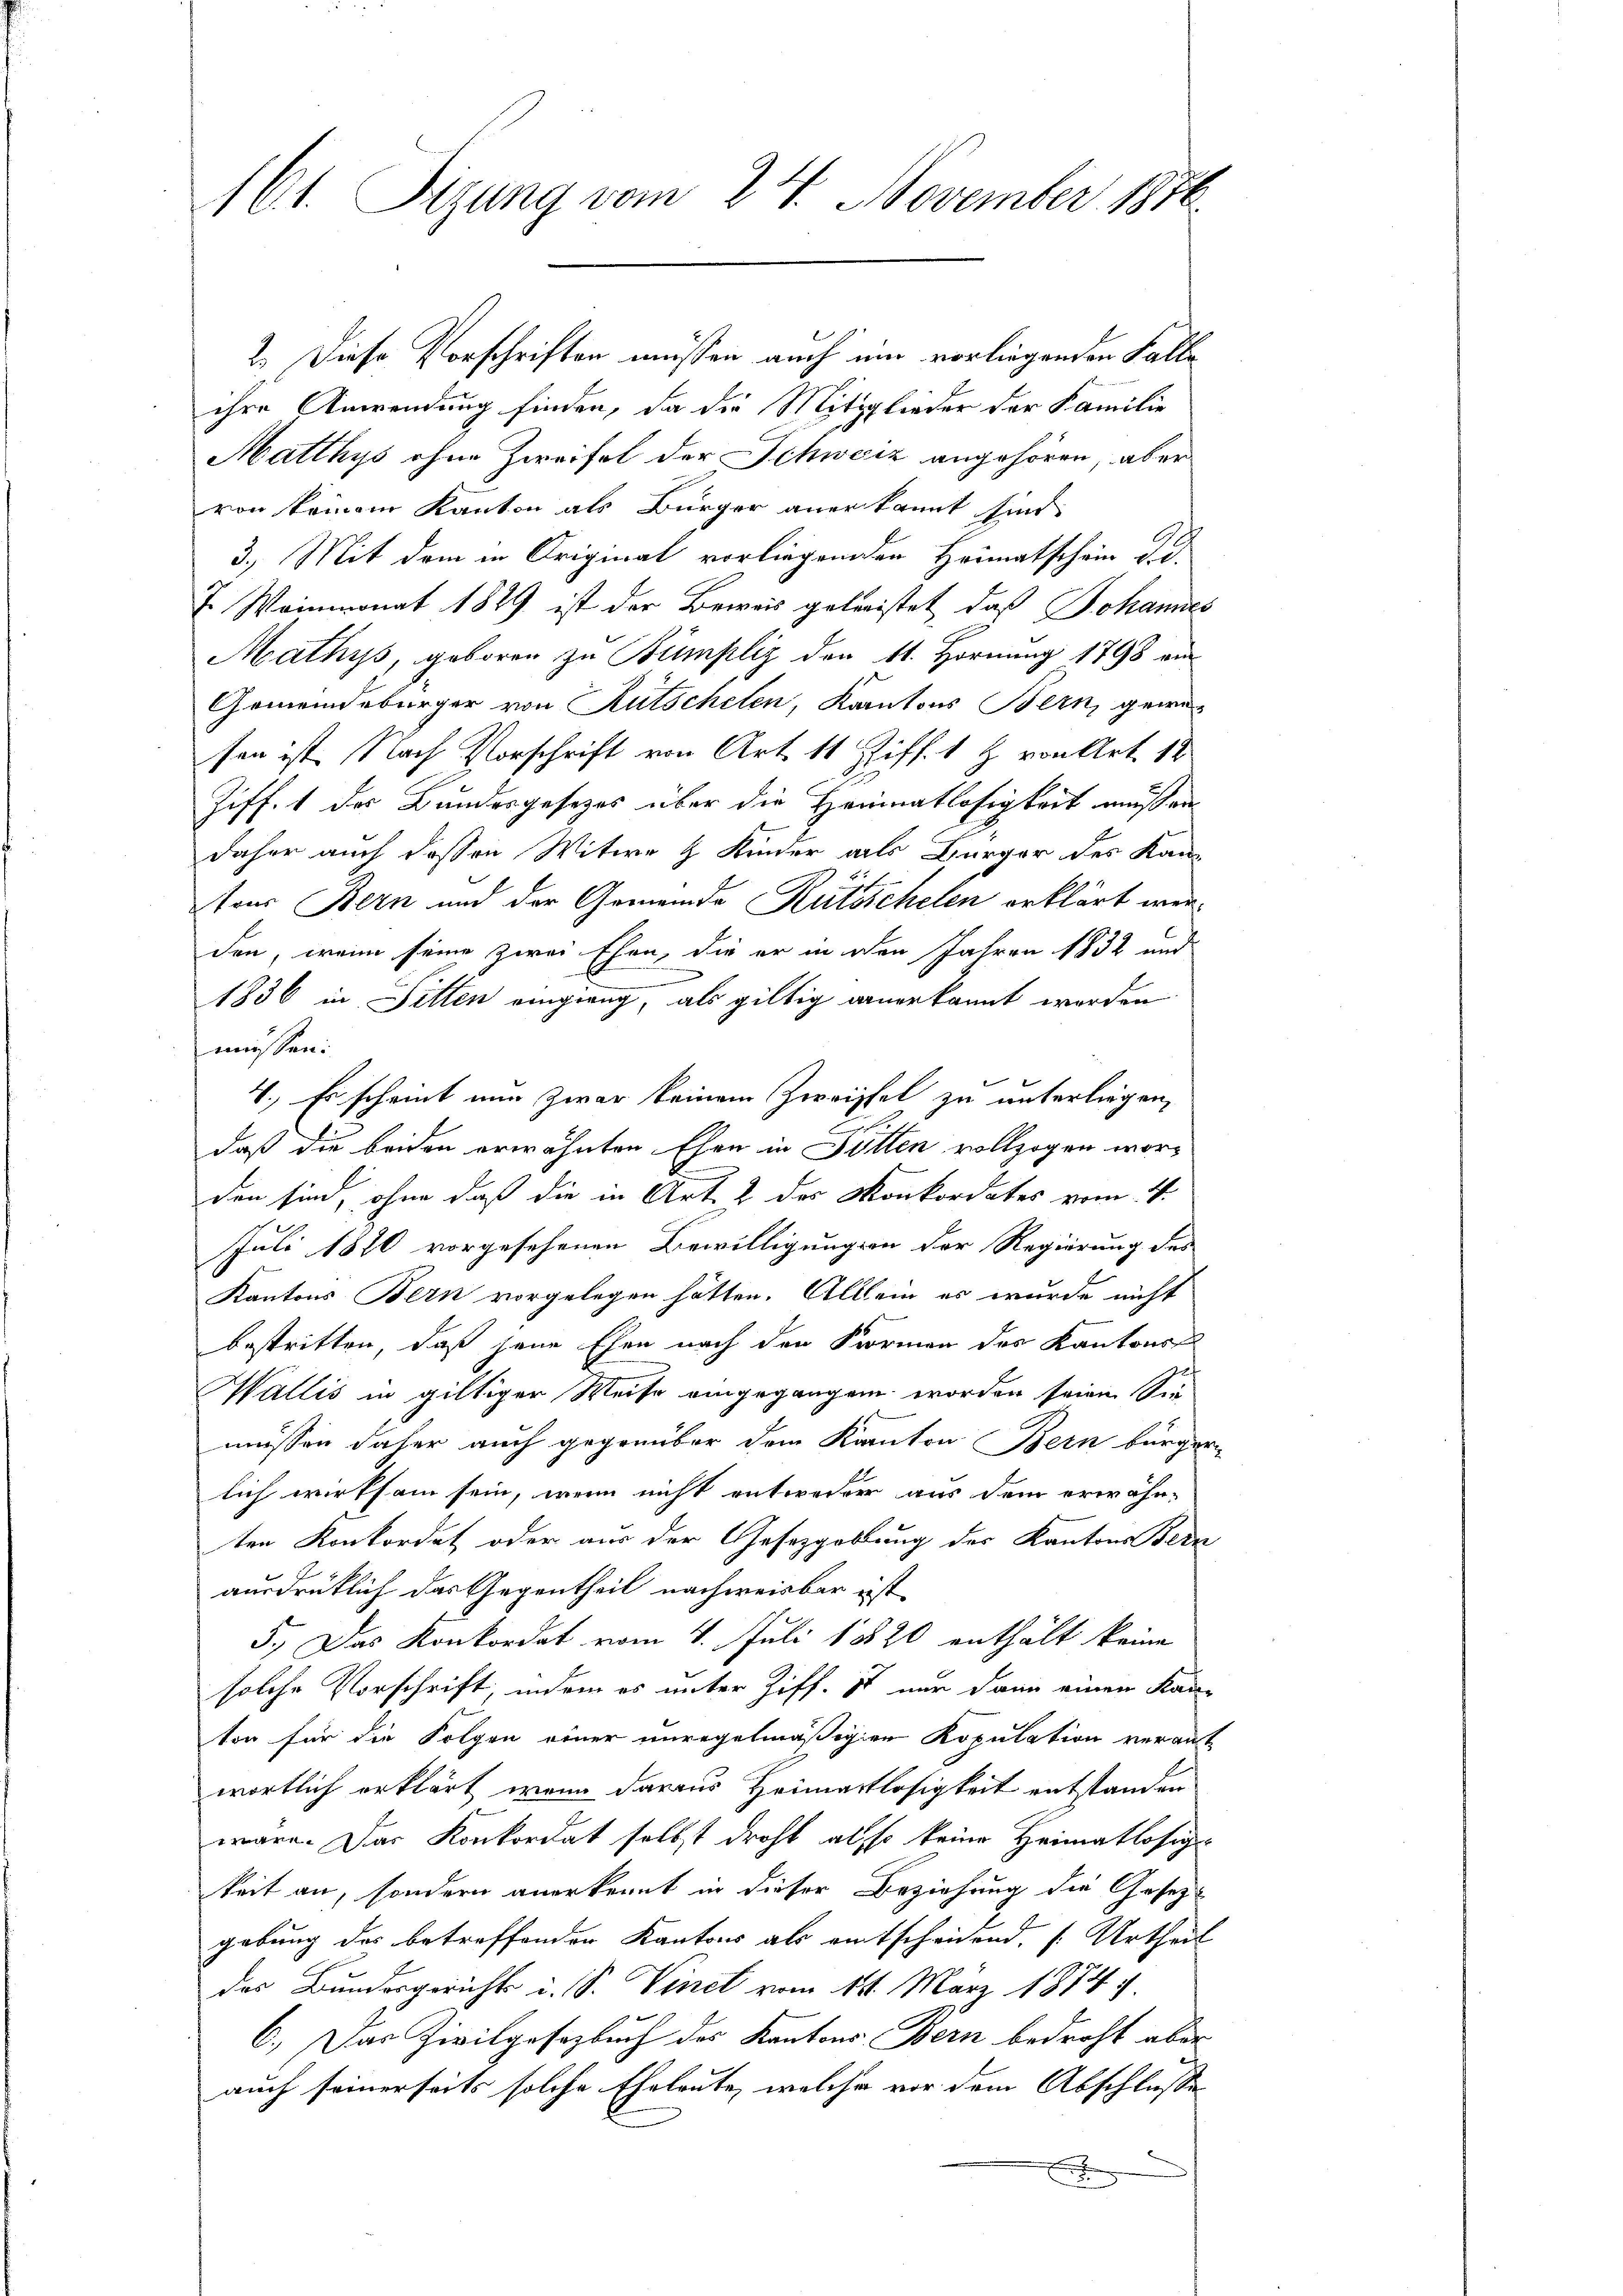
161. Sitzung vom 24. November 1876

2. Diese Vorschriften müssen auch ein vorliegenden Falle
ihre Anwendung finden, da die Mitglieder der Familie
Matthys ohne Zweifel der Schweiz angehören, aber
von keinem Kanton als Bürger anerkannt sind.
3.) Mit dem in Originat vorliegenden Heimatschein der
J. Weinmonat 1849 ist der Beweis geleistet, daß Johannes
Mathys, geboren zu Bumpliz den 11. Hornung 1798 von
Gemeindebürger von Rutschelen, Kantons Bern, gewesen ist. Nach Vorschrift von Art. 11 Ziff. 1 Z. von Art. 12
Ziff. 1 des Bundesgesetzes über die Haumatlosigkeit muß an
daher auch dessen Witwe 4 Kinder alls Bürger des Kan-
tons Bern und der Gemeinde Rätsschelen erklärt werden, wenn seine zwei Ehen, die er in den Jahren 1832 und

1836 in Bitten eingrang, als giltig anerkannt werden
müssen:
4. Es scheint nun zwar keinem Zweifel zu unterliegen,
daß die beiden erwähnten Ehen in Futten vollzogen worden sind, ohne daß die in Art. 2 des Konkordates vom 4.
Juli 1870 vorgesehenen Bewilligungen der Regierung des
Kantons Bern vorgelegen hätten. Allein es wurde nicht
bestritten, daß jene Ehen nach den Formen des Kantons
Wallis in giltiger Weise eingegangen worden seien. Sie
müssen daher auch gegenüber dem Kanton Bern bürger
lich wirksam sein, wenn nicht entweder aus dem erwähn-
ten Konkordat oder aus der Gesezgoblung des Kantons Bera
2
ausdrüklich das Gegentheil nachweisbar ist
5.) Das Konkordat vom 4. Juli 1820 enthält keine
solche Vorschrift, indem es unter Ziff. ist nur dann einen Kan-
ton für die Folgen einer unregelmäßigen Kopulation veranst
wortlich erklärt, wenn daraus Heimatlosigkeit entstanden
wäre. Das Konkordat selbst droht also keine Heimatlosig
keit an, sondern anerkennt in dieser Beziehung die Gesezgebung des betreffenden Kantons als entscheinend. (Urtheil
des Bundesgerichts i. S. Vinet vom 18. März 1874.
6.) Das Zivilgesetzbuch der Kantons Bern bedroht aber
auch seinerseits solche Eheleute, welche vor dem Abschlusse

2